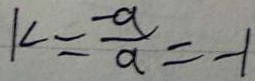
K = \frac { - a } { a } = - 1